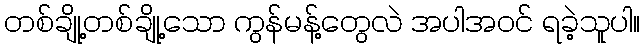
တစ်ချို့တစ်ချို့သော ကွန်မန့်တွေလဲ အပါအဝင် ရခဲ့သူပါ။